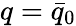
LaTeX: q=\bar{q}_{0}